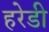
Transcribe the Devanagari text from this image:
हरेडी